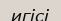
игісі